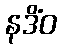
နဒိံဝ